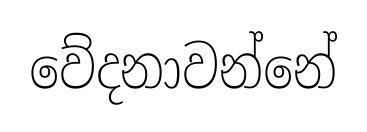
වේදනාවන්නේ